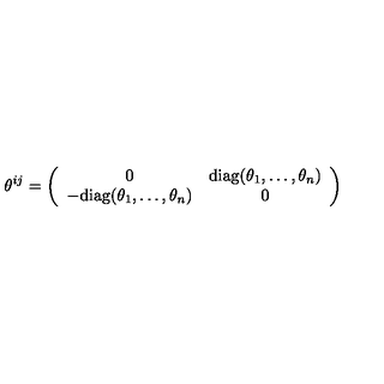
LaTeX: \theta ^ { i j } = \left( \begin{array} { c c } { 0 } & { \mathrm { d i a g } ( \theta _ { 1 } , \dots , \theta _ { n } ) } \\ { - \mathrm { d i a g } ( \theta _ { 1 } , \dots , \theta _ { n } ) } & { 0 } \\ \end{array} \right)